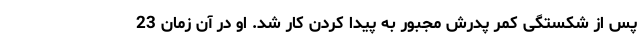
پس از شکستگی کمر پدرش مجبور به پیدا کردن کار شد. او در آن زمان 23